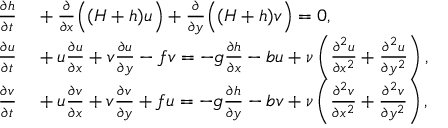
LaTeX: \begin{array} { r l } { { \frac { \partial h } { \partial t } } } & { { } + { \frac { \partial } { \partial x } } { \Bigl ( } ( H + h ) u { \Bigr ) } + { \frac { \partial } { \partial y } } { \Bigl ( } ( H + h ) v { \Bigr ) } = 0 , } \\ { { \frac { \partial u } { \partial t } } } & { { } + u { \frac { \partial u } { \partial x } } + v { \frac { \partial u } { \partial y } } - f v = - g { \frac { \partial h } { \partial x } } - b u + \nu \left( { \frac { \partial ^ { 2 } u } { \partial x ^ { 2 } } } + { \frac { \partial ^ { 2 } u } { \partial y ^ { 2 } } } \right) , } \\ { { \frac { \partial v } { \partial t } } } & { { } + u { \frac { \partial v } { \partial x } } + v { \frac { \partial v } { \partial y } } + f u = - g { \frac { \partial h } { \partial y } } - b v + \nu \left( { \frac { \partial ^ { 2 } v } { \partial x ^ { 2 } } } + { \frac { \partial ^ { 2 } v } { \partial y ^ { 2 } } } \right) , } \end{array}